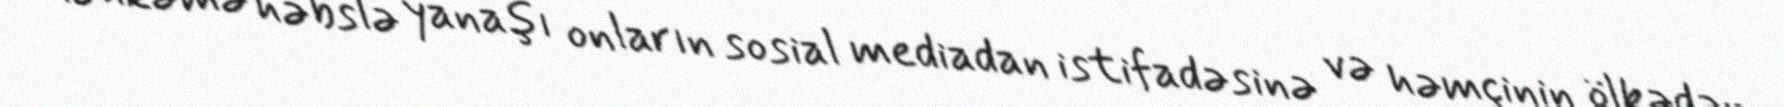
Məhkəmə həbslə yanaşı onların sosial mediadan istifadəsinə və həmçinin ölkədən